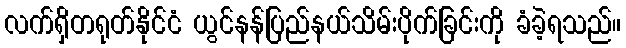
လက်ရှိတရုတ်နိုင်ငံ ယွင်နန်ပြည်နယ်သိမ်းပိုက်ခြင်းကို ခံခဲ့ရသည်။